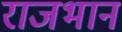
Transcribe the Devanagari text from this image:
राजभान